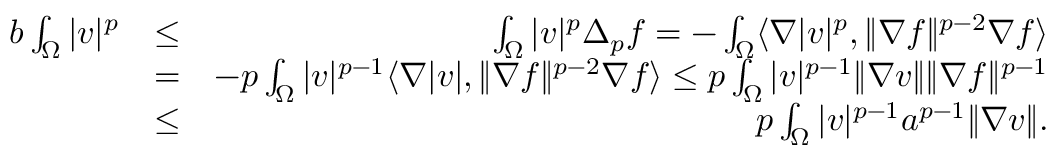
\begin{array} { r l r } { b \int _ { \Omega } | v | ^ { p } } & { \leq } & { \int _ { \Omega } | v | ^ { p } \Delta _ { p } f = - \int _ { \Omega } \langle \nabla | v | ^ { p } , \| \nabla f \| ^ { p - 2 } \nabla f \rangle } \\ & { = } & { - p \int _ { \Omega } | v | ^ { p - 1 } \langle \nabla | v | , \| \nabla f \| ^ { p - 2 } \nabla f \rangle \leq p \int _ { \Omega } | v | ^ { p - 1 } \| \nabla v \| \| \nabla f \| ^ { p - 1 } } \\ & { \leq } & { p \int _ { \Omega } | v | ^ { p - 1 } a ^ { p - 1 } \| \nabla v \| . } \end{array}